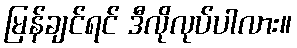
မြန်ချင်ရင် ဒီလိုလုပ်ပါလား။